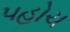
પહોચ